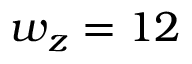
w _ { z } = 1 2